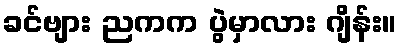
ခင်ဗျား ညကက ပွဲမှာလား ဂျိန်း။